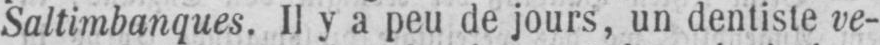
Saltimbanques. Il y a peu de jours, un dentiste ve-